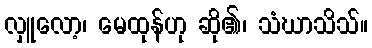
လှူလော့၊ မေထုန်ဟု ဆို၏၊ သံဃာသိသ်။